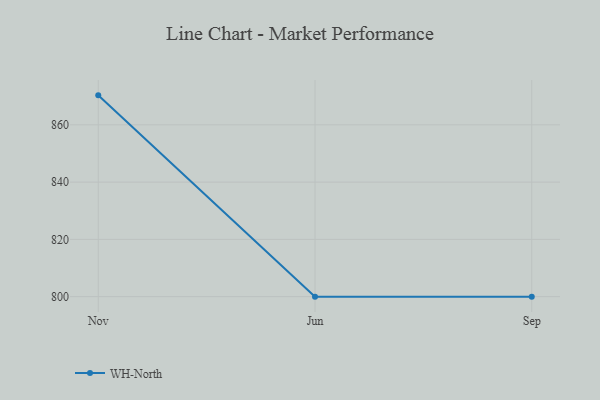
{"axis": {"x": "Month", "y": "Website Visitors"}, "legend": ["WH-North"], "data": [{"x": "Nov", "y": 870.3, "type": "WH-North"}, {"x": "Jun", "y": 800, "type": "WH-North"}, {"x": "Sep", "y": 800, "type": "WH-North"}]}